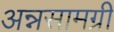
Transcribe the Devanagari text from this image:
अन्नसामग्री